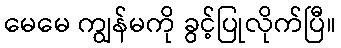
မေမေ ကျွန်မကို ခွင့်ပြုလိုက်ပြီ။